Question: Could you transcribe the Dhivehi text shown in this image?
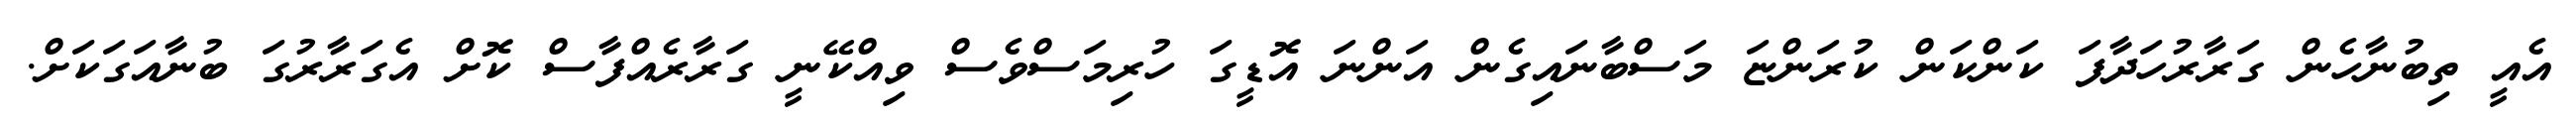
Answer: އެއީ ތިބުނާހެން ގަރާރުހަދާފަ ކަންކަން ކުރަންޏަ މަސްބާނައިގެން އަންނަ އޮޑީގަ ހުރިމަސްވެސް ވިއްކޭނީ ގަރާރެއްފާސް ކޮށް އެގަރާރުގަ ބުނާއަގަކަށް.